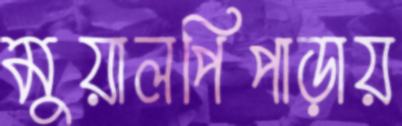
মুয়ালপিপাড়ায়